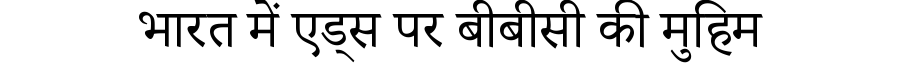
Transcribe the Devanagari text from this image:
भारत में एड्स पर बीबीसी की मुहिम